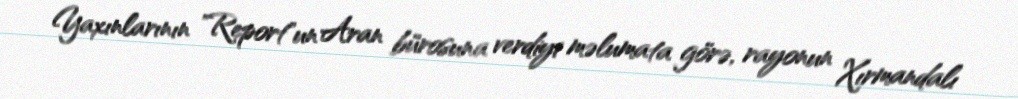
Yaxınlarının "Report"un Aran bürosuna verdiyi məlumata görə, rayonun Xırmandalı